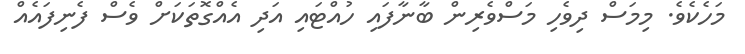
މަހެކެވެ. މިމަސް ދިވެހި މަސްވެރިން ބާނާފައި ހުއްޓައި އަދި އެއްގޮތަކަށް ވެސް ފެނިފައެއް